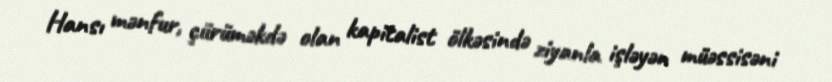
Hansı mənfur, çürüməkdə olan kapitalist ölkəsində ziyanla işləyən müəssisəni